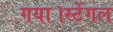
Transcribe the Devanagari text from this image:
गया।स्टेंगल